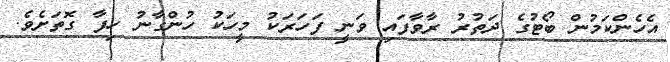
އެހެންކަމުން ބޯޓުގެ ދަތުރު ރާވާފައި ވަނީ ފަހަރަކު މީހަކު ހުންގާނު ހިފާ ގޮތަށެވެ.